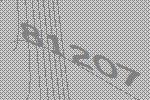
81207